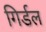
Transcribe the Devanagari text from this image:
गिर्डल